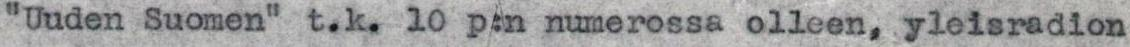
"Uuden Suomen" t.k. 10 p:n numerossa olleen, yleisradion